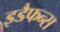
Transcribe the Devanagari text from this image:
इडैफन्स